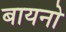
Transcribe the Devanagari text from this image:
बायनो